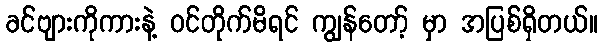
ခင်ဗျားကိုကားနဲ့ ဝင်တိုက်မိရင် ကျွန်တော့် မှာ အပြစ်ရှိတယ်။